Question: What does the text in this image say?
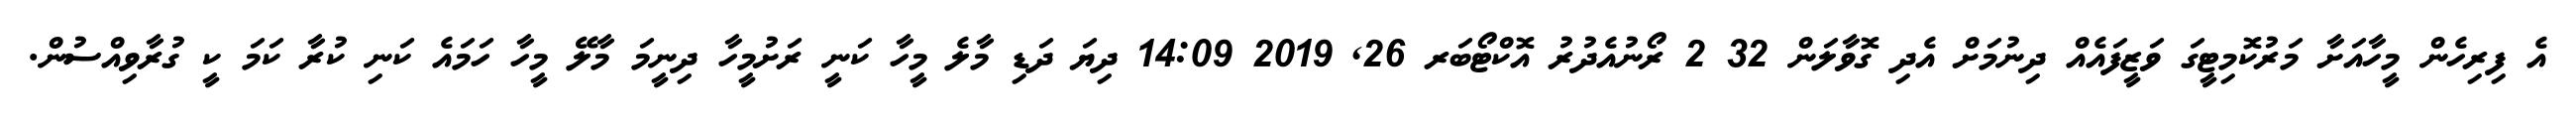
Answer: އެ ފިރިހެން މީހާއަށާ މަރުކޮމިޓީގަ ވަޒީފައެއް ދިނުމަށް އެދި ގޮވާލަން 32 2 ރޯނުއެދުރު އޮކްޓޯބަރ 26, 2019 14:09 ދިޔަ ދަޑި މާލެ މީހާ ކަނީ ރަށުމީހާ ދިނީމަ މާލޭ މީހާ ހަމައެ ކަނި ކުރާ ކަމަ ކީ ގުރާވިއްސުން.